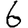
Digit: 6